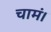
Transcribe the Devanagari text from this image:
चामं।